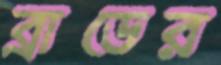
ব্রাডের